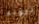
ترونه